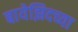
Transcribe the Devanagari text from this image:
बायेझिदच्या